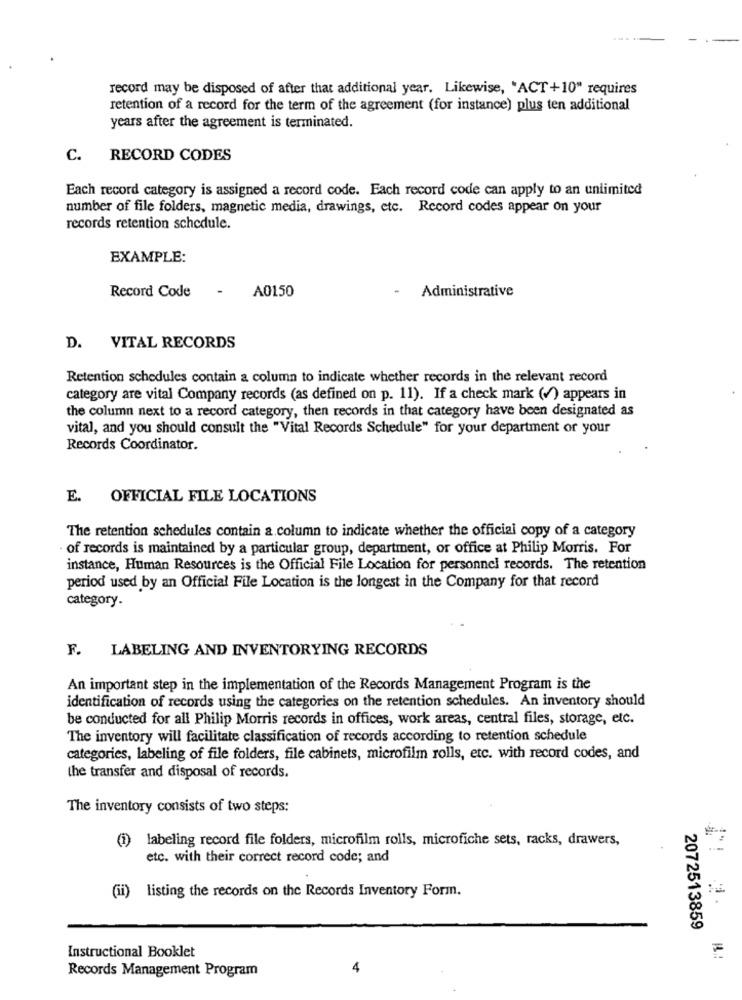
record may be disposed of after that additional year. Likewise, "ACT +10" requires
retention of a record for the term of the agreement (for instance) plus ten additional
years after the agreement is terminated.
C.
RECORD CODES
Each record category is assigned a record code. Each record code can apply to an unlimited
number of file folders, magnetic media, drawings, etc. Record codes appear on your
records retention schedule.
EXAMPLE:
A0150
- Administrative
Record Code
D. VITAL RECORDS
Retention schedules contain a column to indicate whether records in the relevant record
category are vital Company records (as defined on p. 11). If a check mark () appears in
the column next to a record category, then records in that category have been designated as
vital, and you should consult the "Vital Records Schedule" for your department or your
Records Coordinator.
E. OFFICIAL FILE LOCATIONS
The retention schedules contain a column to indicate whether the official copy of a category
of records is maintained by a particular group, department, or office at Philip Morris. For
instance, Human Resources is the Official File Location for personnel records. The retention
period used by an Official File Location is the longest in the Company for that record
category.
F.
LABELING AND INVENTORYING RECORDS
An important step in the implementation of the Records Management Program is the
identification of records using the categories on the retention schedules. An inventory should
be conducted for all Philip Morris records in offices, work areas, central files, storage, etc.
The inventory will facilitate classification of records according to retention schedule
categories, labeling of file folders, file cabinets, microfilm rolls, etc. with record codes, and
the transfer and disposal of records.
The inventory consists of two steps:
(1)
labeling record file folders, microfilm rolls, microfiche sets, racks, drawers,
etc. with their correct record code; and
(ii) listing the records on the Records Inventory Form.
2072513859
Instructional Booklet
Records Management Program
4